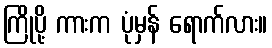
ကြိုပို့ ကားက ပုံမှန် ရောက်လား။